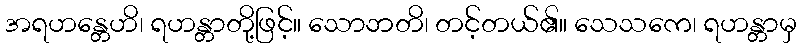
အရဟန္တေဟိ၊ ရဟန္တာတို့ဖြင့်။ သောဘတိ၊ တင့်တယ်၏။ သေသကေ၊ ရဟန္တာမှ